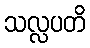
သလ္လပတိ